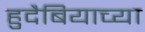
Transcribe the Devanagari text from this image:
हुदैबियाच्या